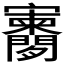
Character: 𫴨